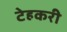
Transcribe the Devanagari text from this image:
टेहकरी